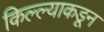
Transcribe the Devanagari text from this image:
किल्ल्याकडून